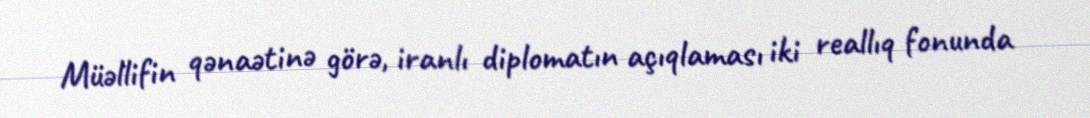
Müəllifin qənaətinə görə, iranlı diplomatın açıqlaması iki reallıq fonunda